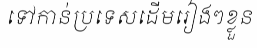
ទៅកាន់ប្រទេសដើមរៀងៗខ្លួន